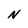
Character: N